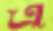
এ